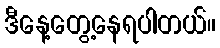
ဒီနေ့တွေ့နေရပါတယ်။